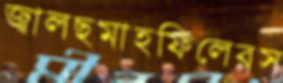
জ্বালছমাহফিলেরস